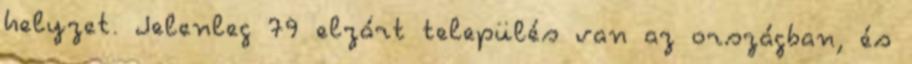
helyzet. Jelenleg 79 elzárt település van az országban, és